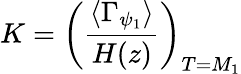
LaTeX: K=\left(\frac{\langle\Gamma_{\psi_{1}}\rangle}{H(z)}\right)_{T=M_{1}}